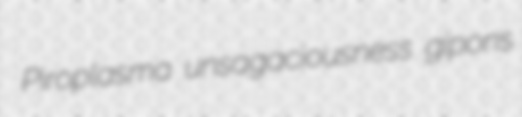
Piroplasma unsagaciousness gipons